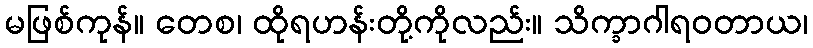
မဖြစ်ကုန်။ တေစ၊ ထိုရဟန်းတို့ကိုလည်း။ သိက္ခာဂါရဝတာယ၊